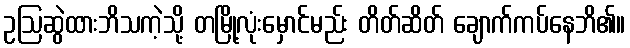
ဥဩဆွဲထားဘိသကဲ့သို့ တမြို့လုံးမှောင်မည်း တိတ်ဆိတ် ချောက်ကပ်နေဘိ၏။